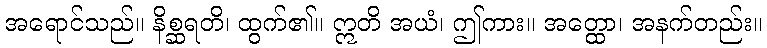
အရောင်သည်။ နိစ္ဆရတိ၊ ထွက်၏။ ဣတိ အယံ၊ ဤကား။ အတ္ထော၊ အနက်တည်း။